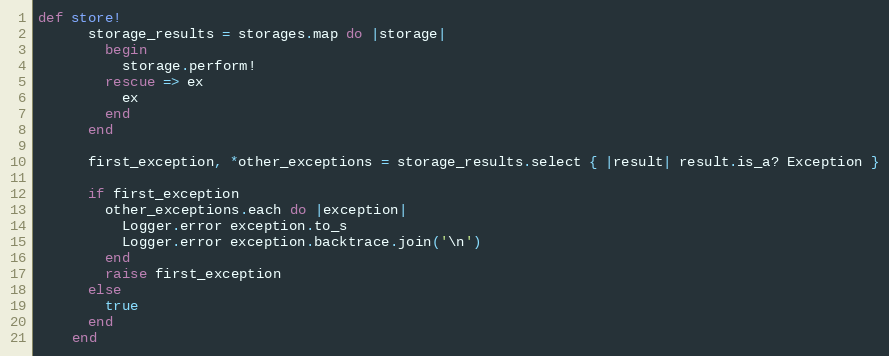
Language: Ruby
def store!
      storage_results = storages.map do |storage|
        begin
          storage.perform!
        rescue => ex
          ex
        end
      end

      first_exception, *other_exceptions = storage_results.select { |result| result.is_a? Exception }

      if first_exception
        other_exceptions.each do |exception|
          Logger.error exception.to_s
          Logger.error exception.backtrace.join('\n')
        end
        raise first_exception
      else
        true
      end
    end